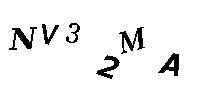
NV32MA